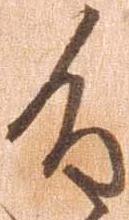
重